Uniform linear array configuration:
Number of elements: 24
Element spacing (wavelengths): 0.5
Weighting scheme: hamming
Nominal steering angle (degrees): -15
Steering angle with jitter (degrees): -16.878
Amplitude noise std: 0.05
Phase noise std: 0.05

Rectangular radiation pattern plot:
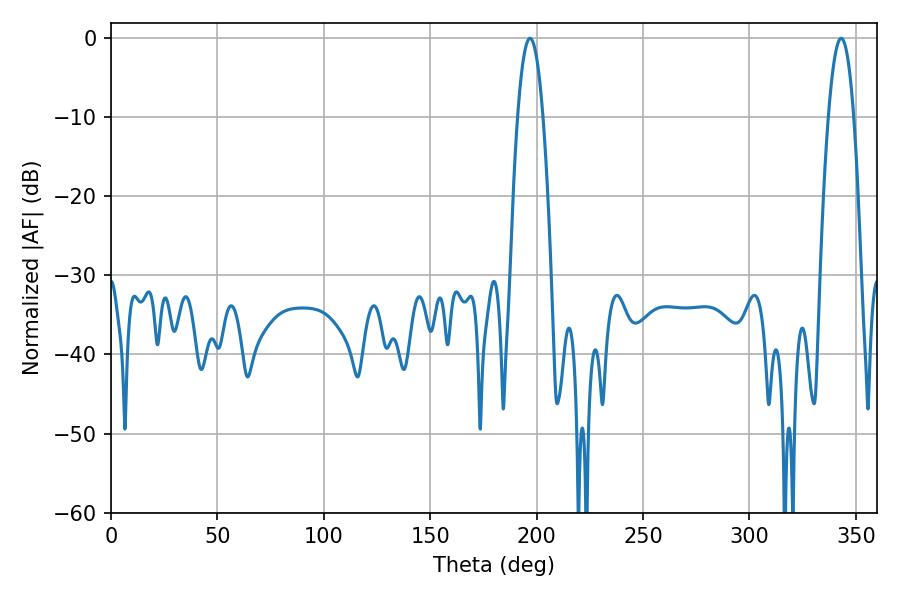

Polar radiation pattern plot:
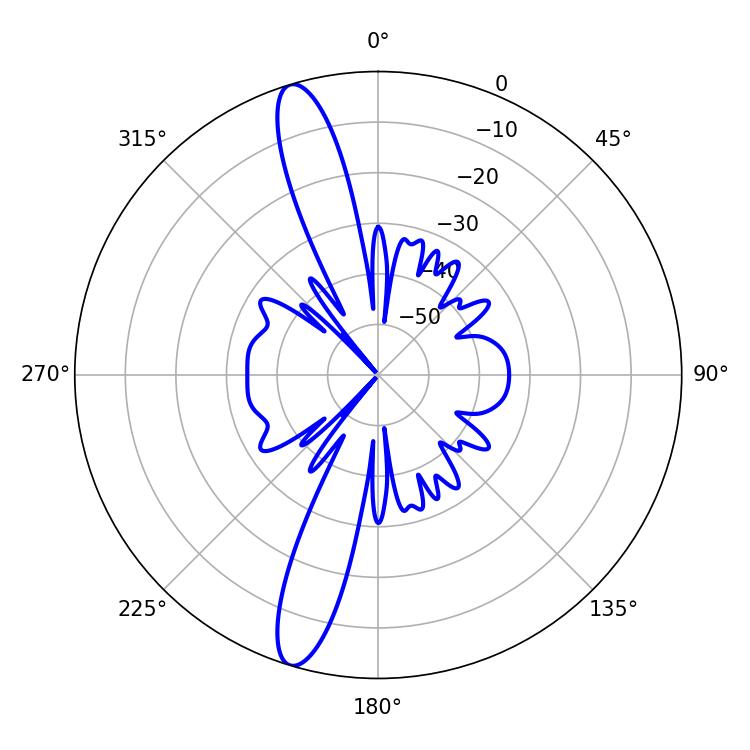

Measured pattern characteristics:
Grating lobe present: FALSE
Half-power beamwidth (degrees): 6.48
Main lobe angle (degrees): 343.08